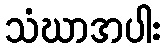
သံဃာအပါး